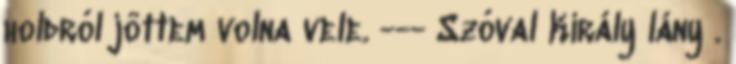
holdról jöttem volna vele. --- Szóval Király lány .